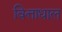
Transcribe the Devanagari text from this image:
वित्ताधाल